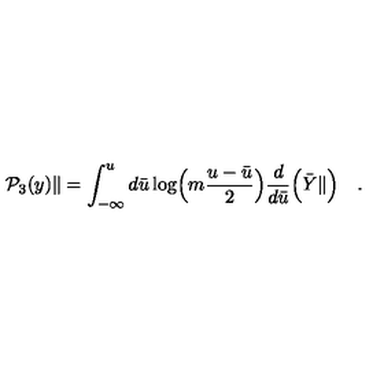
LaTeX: { \cal P } _ { 3 } ( y ) \| = \int _ { - \infty } ^ { u } d { \bar { u } } \log \Bigl ( m \frac { u - { \bar { u } } } { 2 } \Bigr ) \frac { d } { d { \bar { u } } } \Bigl ( { \bar { Y } } \| \Bigr ) \quad .